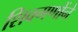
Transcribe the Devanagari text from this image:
शिवगणोंने